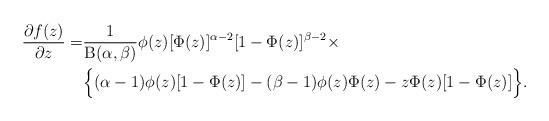
LaTeX: \begin{align*}\frac{\partial f(z)}{\partial z}=&\frac{1}{\mathrm{B}(\alpha,\beta)}\phi(z)[\Phi(z)]^{\alpha-2}[1-\Phi(z)]^{\beta-2}\times\\&\Big\{(\alpha-1)\phi(z)[1-\Phi(z)]-(\beta-1)\phi(z)\Phi(z)-z \Phi(z) [1-\Phi(z)]\Big\}.\end{align*}